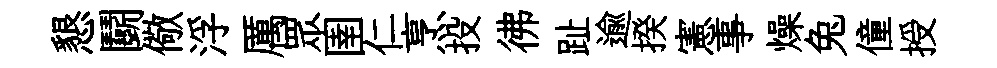
懇鬬儆浮厲眾圉仁烹投彿趾逾揆憲事燥兔僮授